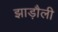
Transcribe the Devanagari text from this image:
झाड़ौली